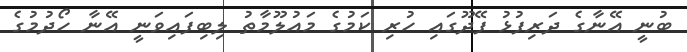
ބުނީ އޭނާގެ ދަރިފުޅު ފޭދޫގައި ހުރި ކަމުގެ މައުލޫމާތު ލިބިފައިވަނީ އޭނާ ހޯދުމުގެ